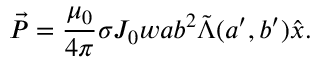
\vec { P } = \frac { \mu _ { 0 } } { 4 \pi } \sigma J _ { 0 } w a b ^ { 2 } \tilde { \Lambda } ( a ^ { \prime } , b ^ { \prime } ) \hat { x } .